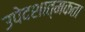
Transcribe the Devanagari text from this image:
उपेदशात्मकता